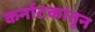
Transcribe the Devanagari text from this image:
कर्नाटकांतून